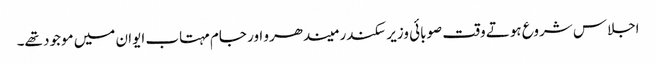
اجلاس شروع ہوتے وقت صوبائی وزیر سکندر میندھرو اور جام مہتاب ایوان میں موجود تھے۔